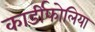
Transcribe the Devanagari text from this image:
कार्डीफोलिया